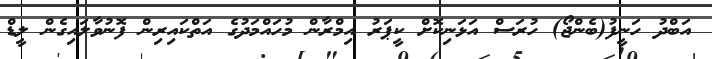
އަބްދު ހަނީފު(ބެންޖޯ) ހުރަސް އަޅަނިކޮށް ކީޕަރު އިމްރާން މުހައްމަދުގެ އަތްކައިރިން ފޮނުވާލައިގެން ލީޑް